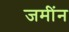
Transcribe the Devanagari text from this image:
जमींन